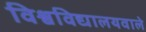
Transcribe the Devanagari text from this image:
विश्वविद्यालयवाले